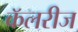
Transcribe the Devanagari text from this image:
कॅलरीज